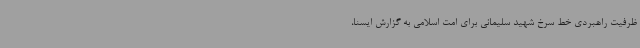
ظرفیت راهبردی خط سرخ شهید سلیمانی برای امت اسلامی به گزارش ایسنا،